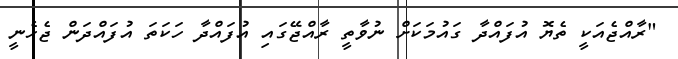
"ރާއްޖެއަކީ ތެޔޮ އުފައްދާ ގައުމަކަށް ނުވާތީ ރާއްޖޭގައި އުފައްދާ ހަކަތަ އުފައްދަން ޖެހެނީ